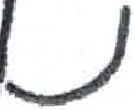
אות: נ